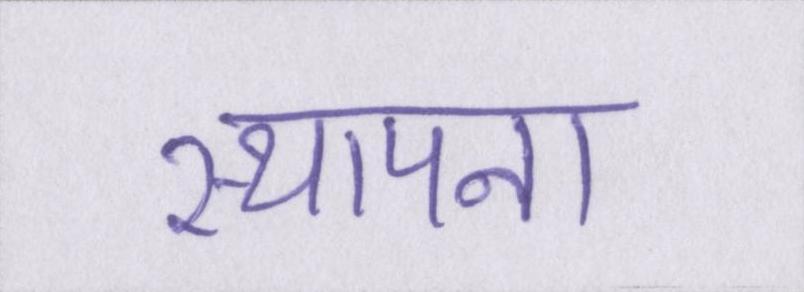
स्थापना